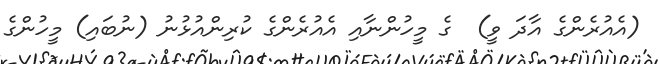
(އެއުރެންގެ އާދަ ވީ)  ގެ މީހުންނާއި އެއުރެންގެ ކުރިންއުޅުނު (ނުބައި) މީހުންގެ